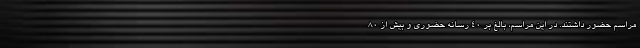
مراسم حضور داشتند. در این مراسم، بالغ بر 40 رسانه حضوری و بیش از 80